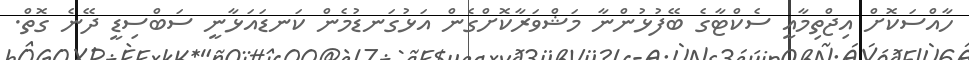
ހާއްސަކޮށް އިޖްތިމާއީ ސެކްޓާގެ ބޭފުޅުންނާ މަޝްވަރާކޮށްގެން އަޅުގަނޑުމެން ކަނޑައަޅާނީ ސަބްސިޑީ ދޭނެ ގޮތް.